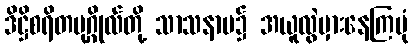
ဒိဋ္ဌိစရိတပုဂ္ဂိုလ်တို့ သာသနာပ၌ အယူလွဲမှားနေကြပုံ